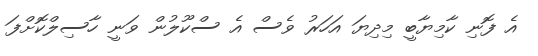
އެ ފޮނި ކާމިޔާބީ މިދިޔަ އަހަރު ވެސް އެ ސްކޫލުން ވަނީ ހާސިލްކޮށްފަ